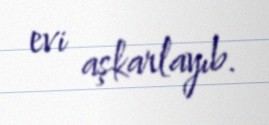
evi aşkarlayıb.